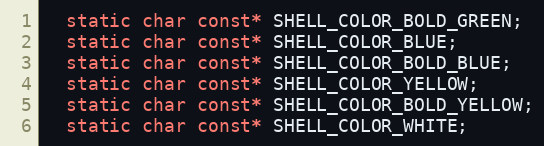
Language: C
  static char const* SHELL_COLOR_BOLD_GREEN;
  static char const* SHELL_COLOR_BLUE;
  static char const* SHELL_COLOR_BOLD_BLUE;
  static char const* SHELL_COLOR_YELLOW;
  static char const* SHELL_COLOR_BOLD_YELLOW;
  static char const* SHELL_COLOR_WHITE;